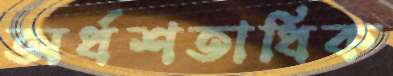
অর্ধশতাধিক